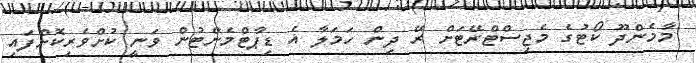
މާމެންދޫ ކޯޓުގެ މެޖިސްޓްރޭޓަށް ރޭ ދިން ހަމަލާ އެ ޑިޕާޓްމެންޓުން ވަނީ ކުށްވެރިކޮށްފައި